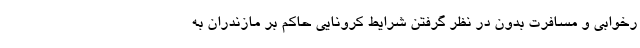
رخوابی و مسافرت بدون در نظر گرفتن شرایط کرونایی حاکم بر مازندران به